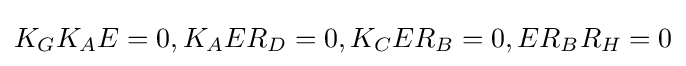
K_{G}K_{A}E=0,K_{A}ER_{D}=0,K_{C}ER_{B}=0,ER_{B}R_{H}=0